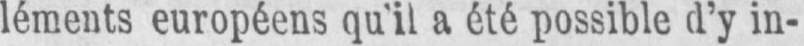
léments européens qu’il a été possible d’y in-